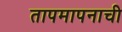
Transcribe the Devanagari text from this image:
तापमापनाची